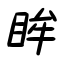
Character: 眸